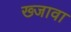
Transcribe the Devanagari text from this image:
ख्जावा